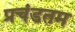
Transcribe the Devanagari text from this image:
प्रचंडतम